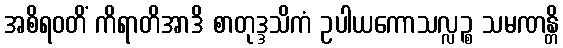
အစိရဝတိံ ကိရာတိအာဒိ စာတုဒ္ဒသိကံ ဥပါယကောသလ္လဉ္စ သမဏန္တိ